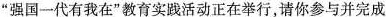
”强国一代有我在”教育实践活动正在举行，请你参与并完成